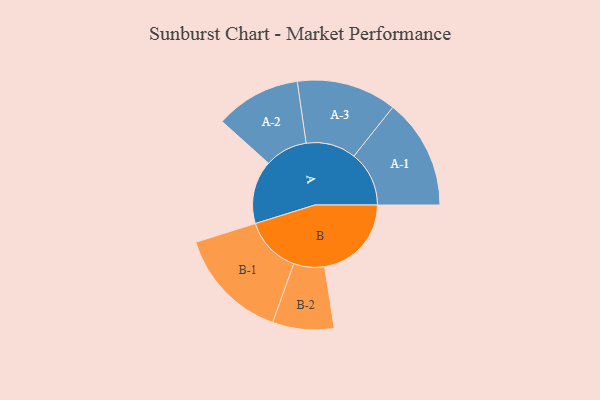
{"axis": {"x": "Segment", "y": "Value"}, "legend": ["", "A", "B"], "data": [{"x": "A", "y": 260, "type": ""}, {"x": "B", "y": 356, "type": ""}, {"x": "A-1", "y": 226, "type": "A"}, {"x": "A-2", "y": 175, "type": "A"}, {"x": "A-3", "y": 205, "type": "A"}, {"x": "B-1", "y": 232, "type": "B"}, {"x": "B-2", "y": 126, "type": "B"}]}